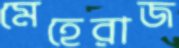
মেহেরাজ